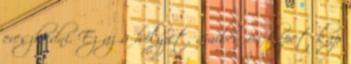
ereszkedni. Ez az a helyzet, amiben ön képet kap